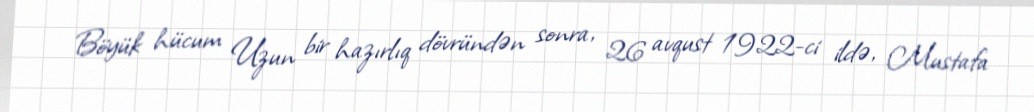
Böyük hücum Uzun bir hazırlıq dövründən sonra, 26 avqust 1922-ci ildə, Mustafa